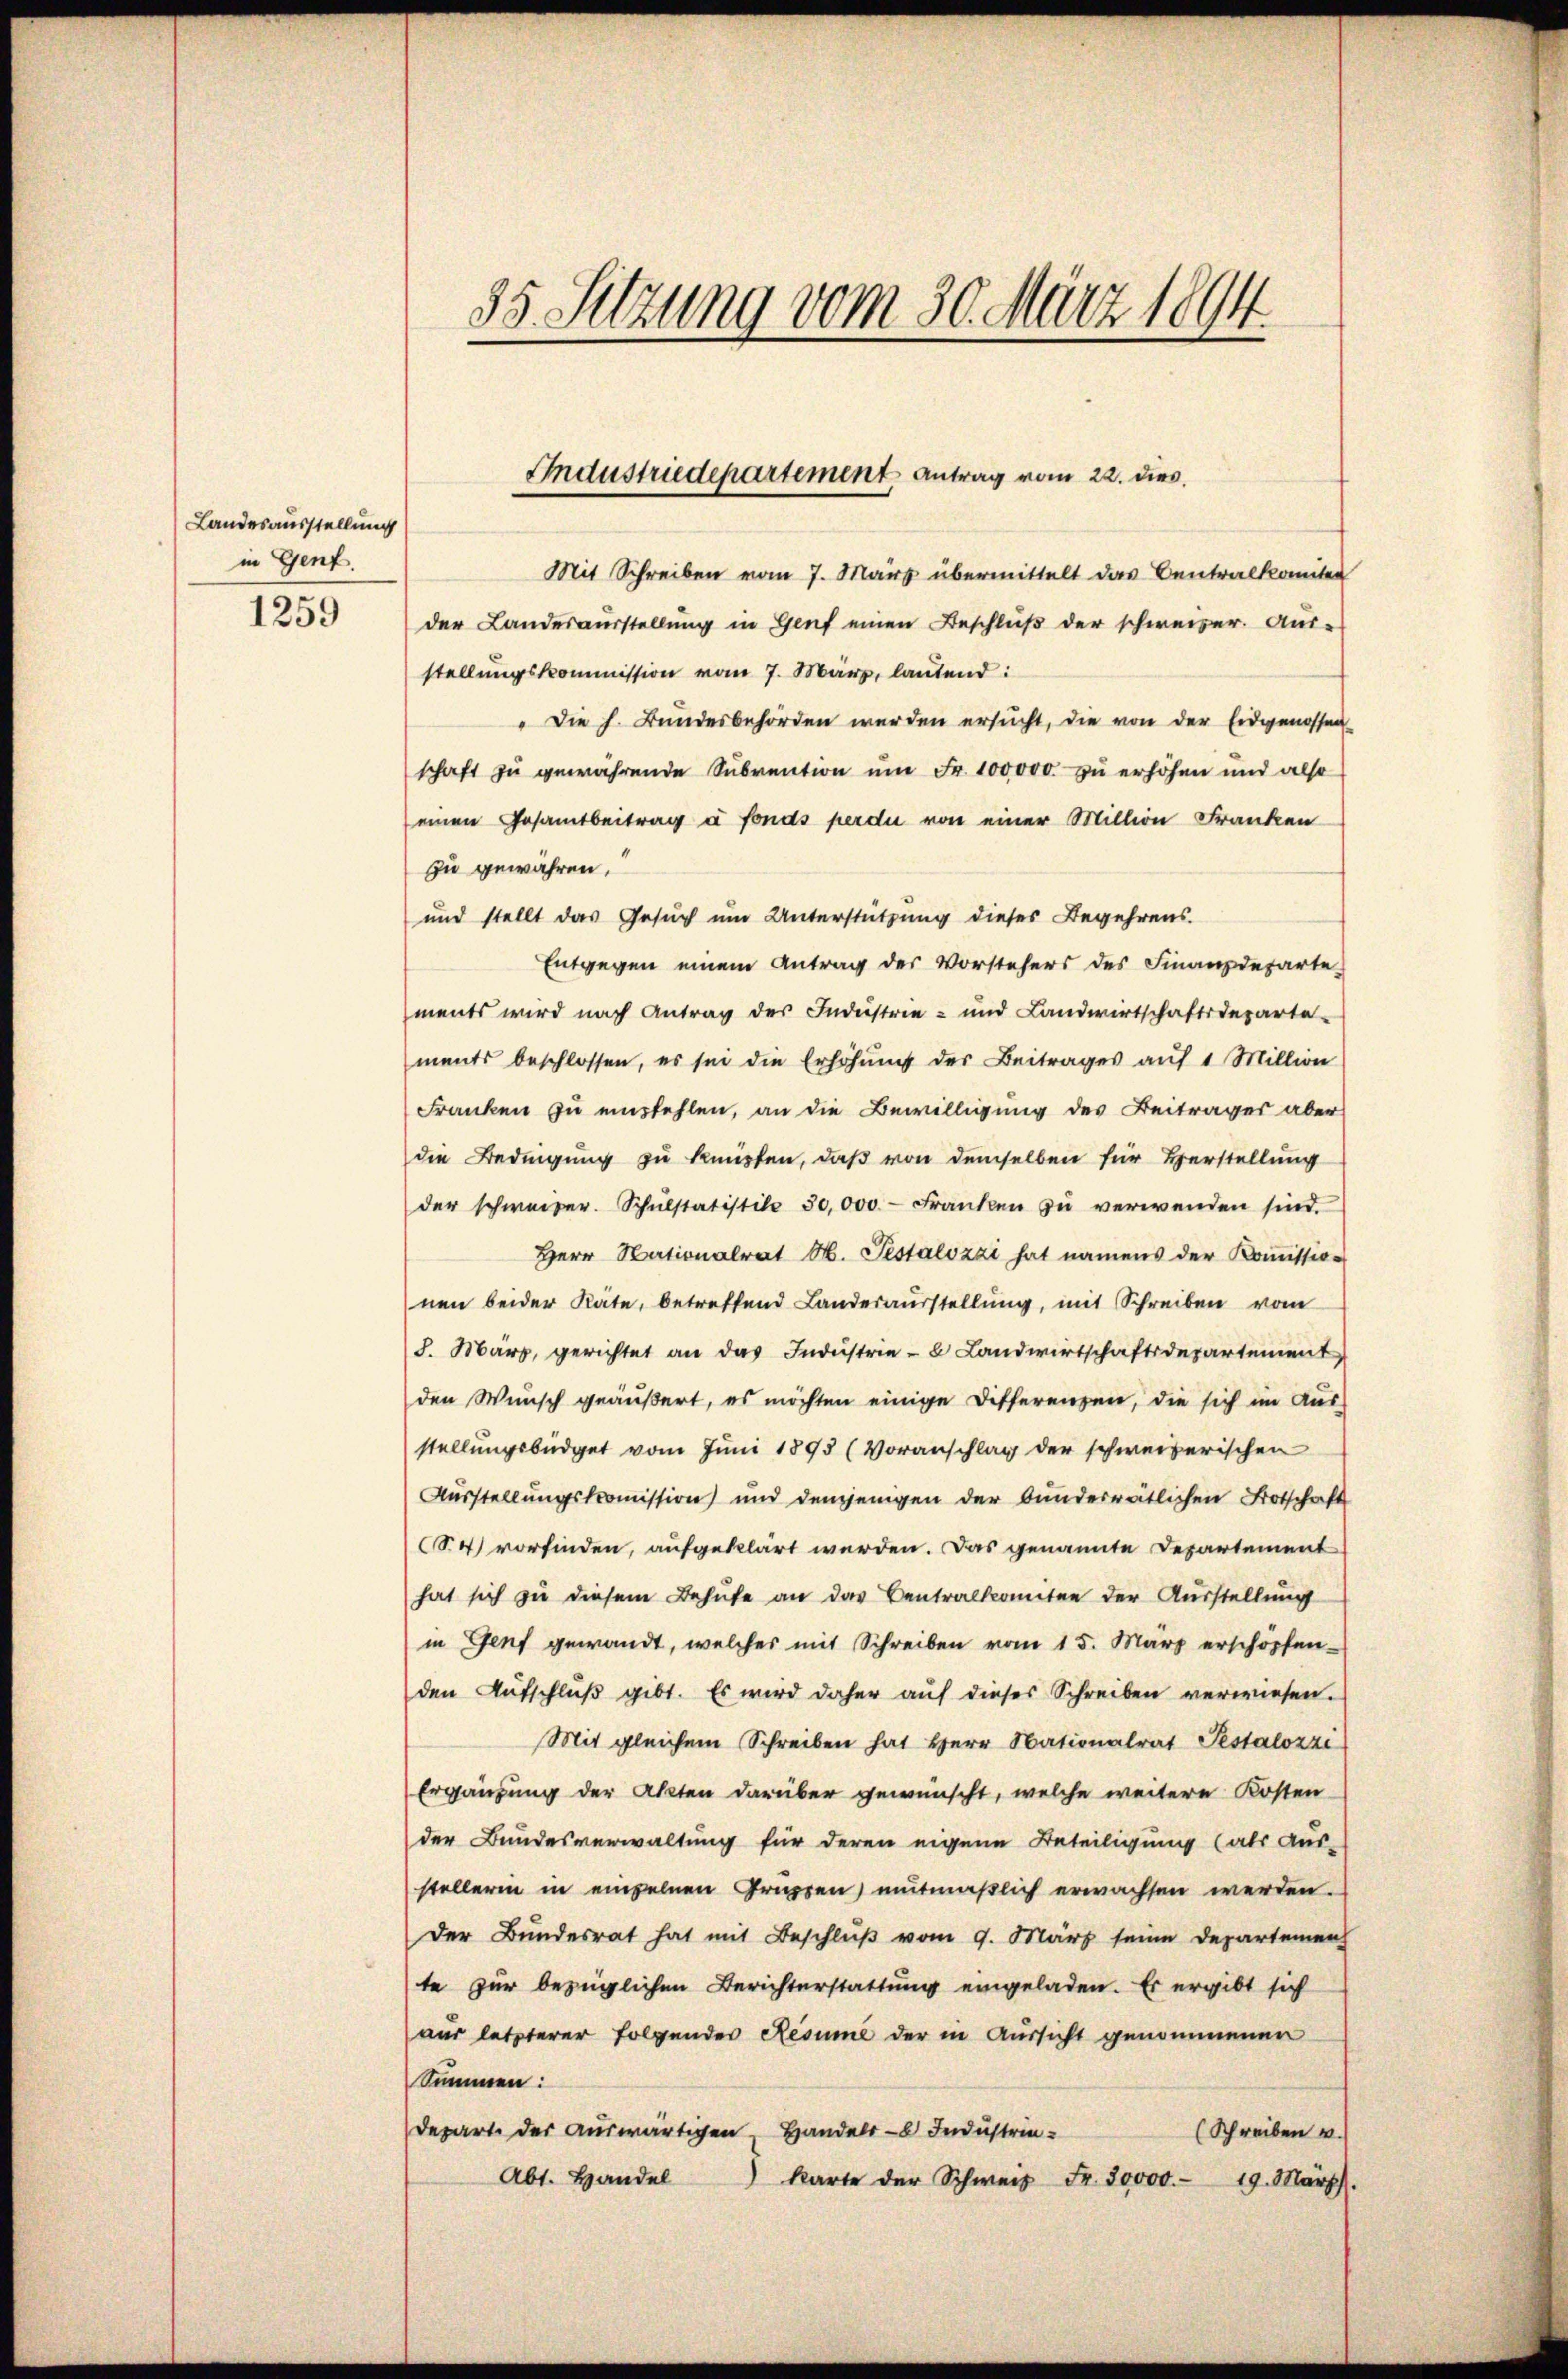
Landesausstellung
in Genf.
1259

35. Sitzung vom 30. März 1894.

Mit Schreiben vom 7. März übermittelt das Centralkomiten
der Landesausstellŭng in Genf einen Beschlŭβ der schweizer. Aŭs-
stellungskommission vom 7. März, lautend:
"Die h. Bundesbehörden werden ersŭcht, die von der Eidgenossen
schaft zu gewährende Subvention ŭm Fr. 100,000 zu erhöhen und also
einen Gesamtbeitrag à fonds perdu von einer Million Franken
zu gewähren.
und stellt das Gesuch um Unterstützung dieses Begehrens.
Entgegen einem Antrag des Vorstehers des Finanzdeparte-
ments wird nach Antrag des Industrie- und Landwirtschaftsdeparte
ments beschlossen, es sei die Erhöhung des Beitrages auf 1 Million
Franken zu empfehlen, an die Bewilligung des Beitrages aber
die Bedingung zu knüpfen, daß von demselben für Herstellung
der schweizer. Schŭlstatistile 30,000 Franken zŭ verwenden sind.
Herr Nationalrat M. Pestalozzi hat namens der Koṁission
nen beider Räte, betreffend Landesausstellŭng, mit Schreiben vom
8. März, gerichtet an das Indŭstrie - Landwirtschaftsdepartement
den Wunsch geäußert, es möchten einige Differenzen, die sich im Aus-
stellungsbüdget vom Juni 1893 (Voranschlag der schweizerischen
Ausstellungskomission und demjenigen der bunderrätlichen Botschaft
S4) vorfinden, aufgeklärt werden. Das genannte Departement
hat sich zu diesem Behufe an das Centralkomitee der Ausstellung
in Genf gewandt, welches mit Schreiben vom 15. März erschöpfen-
den Aufschluß gibt. Es wird daher auf dieses Schreiben verwiesen.
Mit gleichem Schreiben hat Herr Nationalrat Pestalozzi
Ergänzung der Akten darüber gewünscht, welche weitere Kosten
der Bundesverwaltung für deren eigene Beteiligung (als Aus-
stellerin in einzelnen Gruppen, mutmaßlich erwachsen werden.
Der Bundesrat hat mit Beschlŭβ vom 9. März seine Departemen
te zur bezüglichen Berichterstattung eingeladen. Es ergibt sich
aus letzterer folgendes Resume der in Aussicht genommenen
Summen:
depart der auswärtigen Handels- Industrie-
(Schreiben v.
Abt. Handel
karte der Schweiz Fr. 30000. 19. März.

Industriedepartement Antrag vom 22. dies